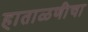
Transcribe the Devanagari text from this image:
हाताळणीचा